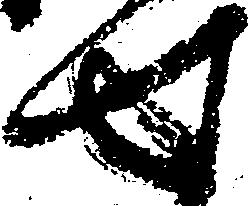
せ